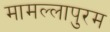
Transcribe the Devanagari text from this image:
मामल्लापुरम